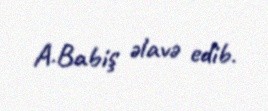
A.Babiş əlavə edib.